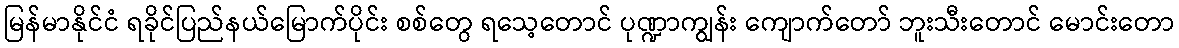
မြန်မာနိုင်ငံ ရခိုင်ပြည်နယ်မြောက်ပိုင်း စစ်တွေ ရသေ့တောင် ပုဏ္ဍာကျွန်း ကျောက်တော် ဘူးသီးတောင် မောင်းတော